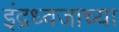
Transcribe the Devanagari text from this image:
इंद्रध्वजाच्या